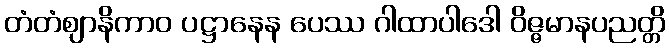
တံတံဈာနိကာဝ ပဋ္ဌာနေန ပေဿ ဂါထာပါဒေါ ဝိဇ္ဇမာနပညတ္တိ